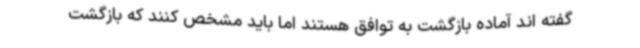
گفته اند آماده بازگشت به توافق هستند اما باید مشخص کنند که بازگشت